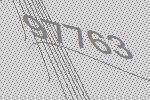
97763